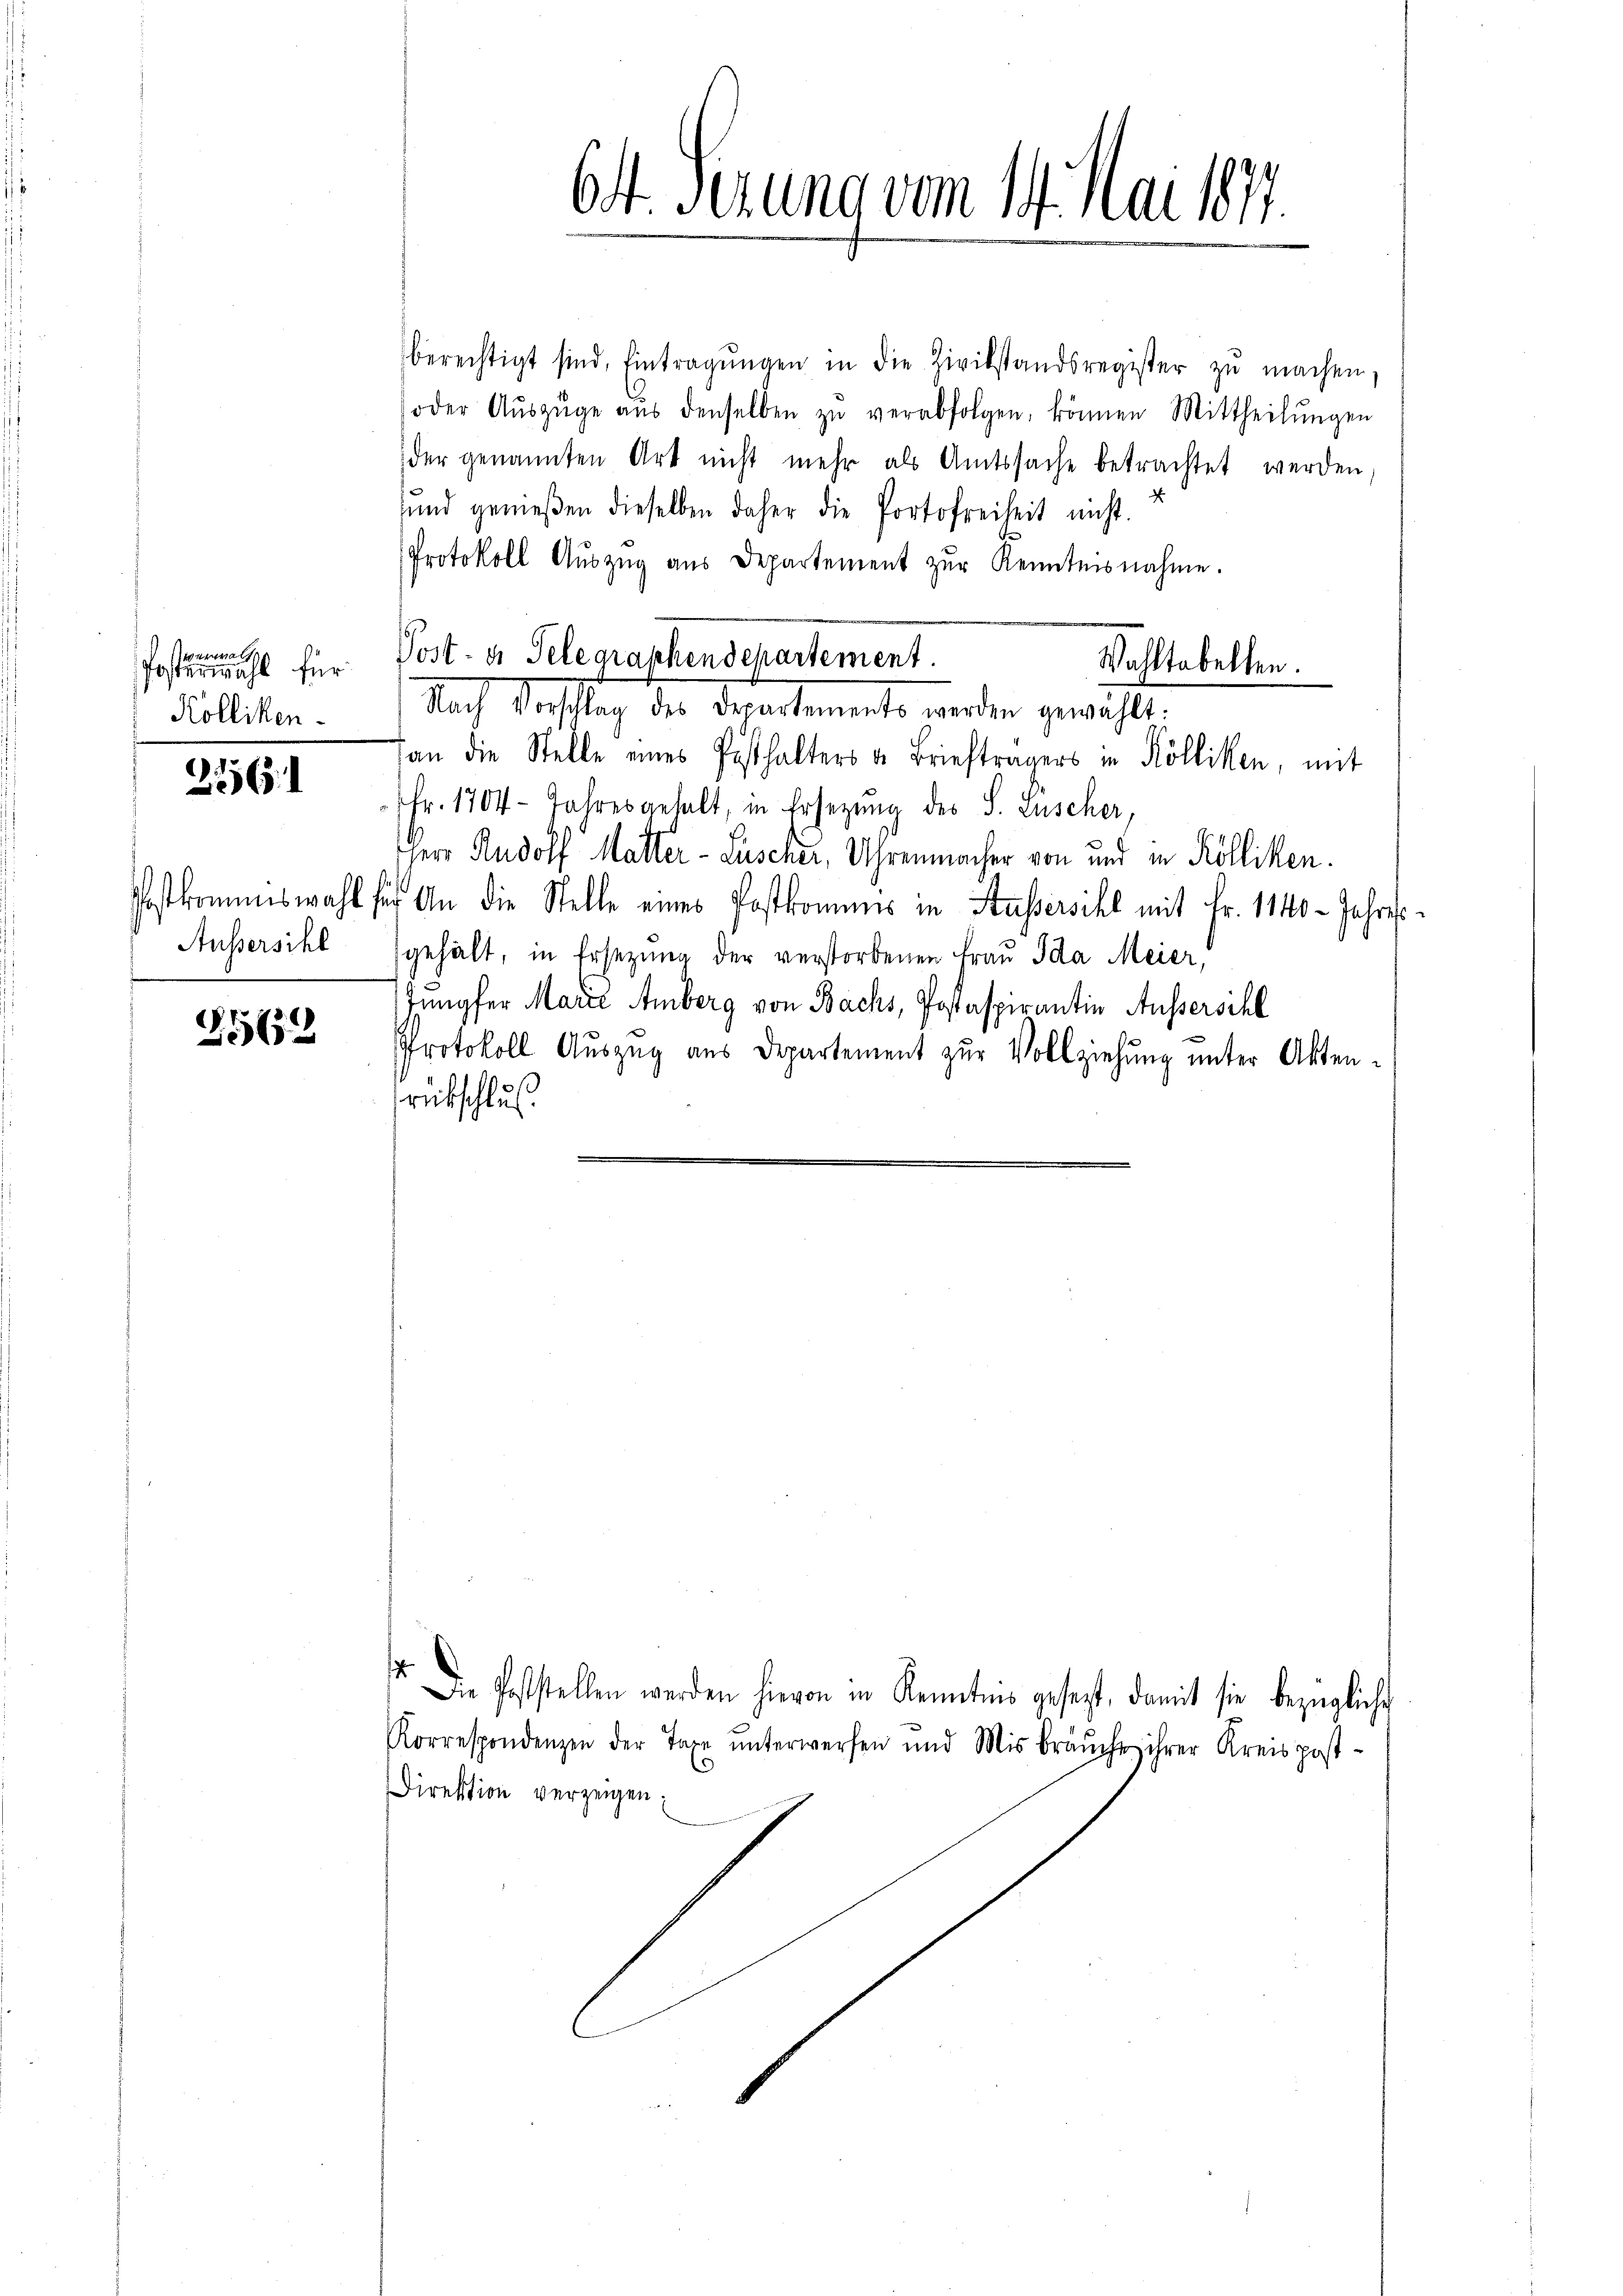
erwalt
Posterwahl für
Kolliken-
226

1652

berechtigt sind, Eintragŭngen in die Zivilstandsregister zŭ machen,
oder Aŭszŭge aŭs denselben zŭ verabfolgen, können Mittheilŭngen
der genannten Art nicht mehr als Amtssache betrachtet werden,
d
und genießen dieselben daher die Portofreiheit nicht.
Protokoll Aŭszŭg aŭs Departement zŭr Kenntnisnahme.
Wahltabellen.
Nach Vorschlag des Departements werden gewählt:
an die Stelle eines Posthalters u. Briefträgers in Kölliken, mit
Fr. 1704 - Jahresgehalt, in Ersetzung des S. Zuscher,
Herr Rudolf Malter-Luscher, Uhrenmacher von und in Kölliken.
Postkommiswahl für An die Stelle eines Postkommes in Kassersihl mit Fr. 1140 - Jahres
Aussersihl gehalt, in Ersezung der verstorbenen Frau Ida Meier,
Jungfer Marie Amberg von Bachs, Postaspirantin Aussersihl
Protokoll Auszug aus Departement zur Vollziehung unter Aktenrütschluß

64 Perung vom 14. Mai 1877.

Post- u. Telegraphendepartement.

1
Die Poststellen werden hievon in Kenntnis gesezt, damit sie bezügliche
Korrespondenzen der Taxe ŭnterwerfen und Mis bräŭche ihrer Kreis post-
Direktion verzeigen.